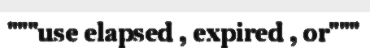
"""use elapsed , expired , or"""